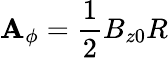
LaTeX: \mathbf{A}_{\phi}=\frac{{1}}{{2}}B_{z0}R